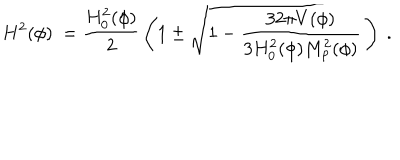
H ^ { 2 } ( \phi ) \ = { \frac { H _ { 0 } ^ { 2 } ( \phi ) } { 2 } } \left( 1 \pm \sqrt { 1 - { \frac { 3 2 \pi V ( \phi ) } { 3 H _ { 0 } ^ { 2 } ( \phi ) M _ { \mathrm { p } } ^ { 2 } ( \phi ) } } } \, \right) \ .